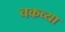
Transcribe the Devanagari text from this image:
चकव्या